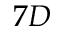
7 D